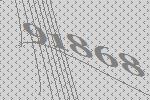
91868